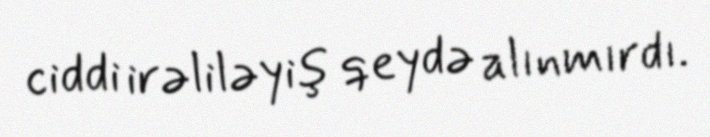
ciddi irəliləyiş qeydə alınmırdı.